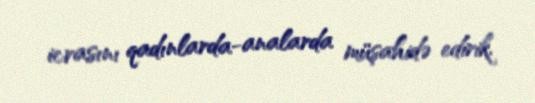
icrasını qadınlarda-analarda müşahidə edirik.